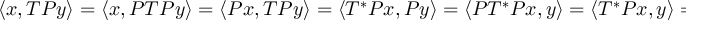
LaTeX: \langle x , T P y \rangle = \langle x , P T P y \rangle = \langle P x , T P y \rangle = \langle T ^ { * } P x , P y \rangle = \langle P T ^ { * } P x , y \rangle = \langle T ^ { * } P x , y \rangle = \langle P x , T y \rangle = \langle x , P T y \rangle